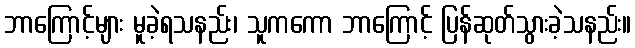
ဘာကြောင့်များ မူခဲ့ရသနည်း၊ သူကကော ဘာကြောင့် ပြန်ဆုတ်သွားခဲ့သနည်း။